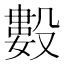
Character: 𰚆